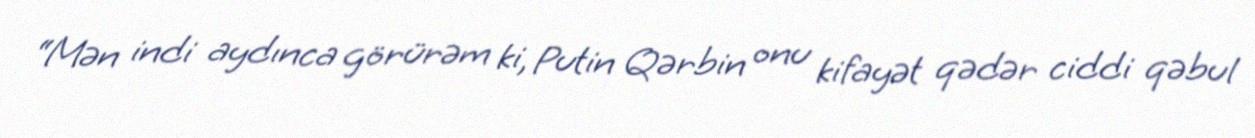
“Mən indi aydınca görürəm ki, Putin Qərbin onu kifayət qədər ciddi qəbul